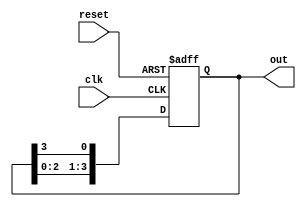
module ring_counter #(
    parameter N = 4  // Number of flip-flops (states)
)(
    input wire clk,   // Clock signal
    input wire reset, // Asynchronous reset signal
    output reg [N-1:0] out // Output representing the current state
);

    // Internal signal for the next state
    reg [N-1:0] next_state;

    // Sequential logic for state transition
    always @(posedge clk or posedge reset) begin
        if (reset) begin
            // Initialize to the first state (0001)
            out <= 1'b1; // Set the first flip-flop to '1'
        end else begin
            // Transition to the next state
            out <= next_state;
        end
    end

    // Combinational logic for determining the next state
    always @(*) begin
        // Default next state
        next_state = out; // Start with the current state
        
        // Shift the '1' to the next flip-flop
        next_state = {out[N-2:0], out[N-1]}; // Circular shift
        next_state[0] = out[N-1]; // Feed the last flip-flop output to the first
    end

endmodule